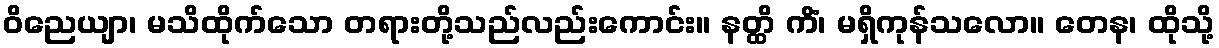
ဝိညေယျာ၊ မသိထိုက်သော တရားတို့သည်လည်းကောင်း။ နတ္ထိ ကိံ၊ မရှိကုန်သလော။ တေန၊ ထိုသို့